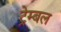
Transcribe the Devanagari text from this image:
ट्रेम्बल